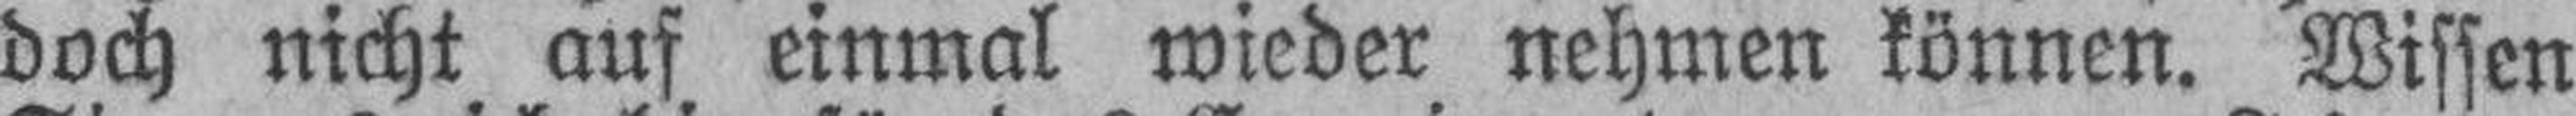
doch nicht auf einmal wieder nehmen können. Wissen